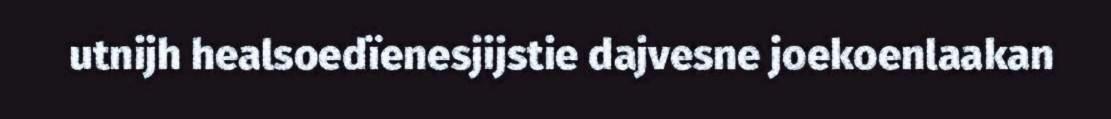
utnijh healsoedïenesjijstie dajvesne joekoenlaakan